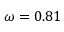
\omega = 0 . 8 1